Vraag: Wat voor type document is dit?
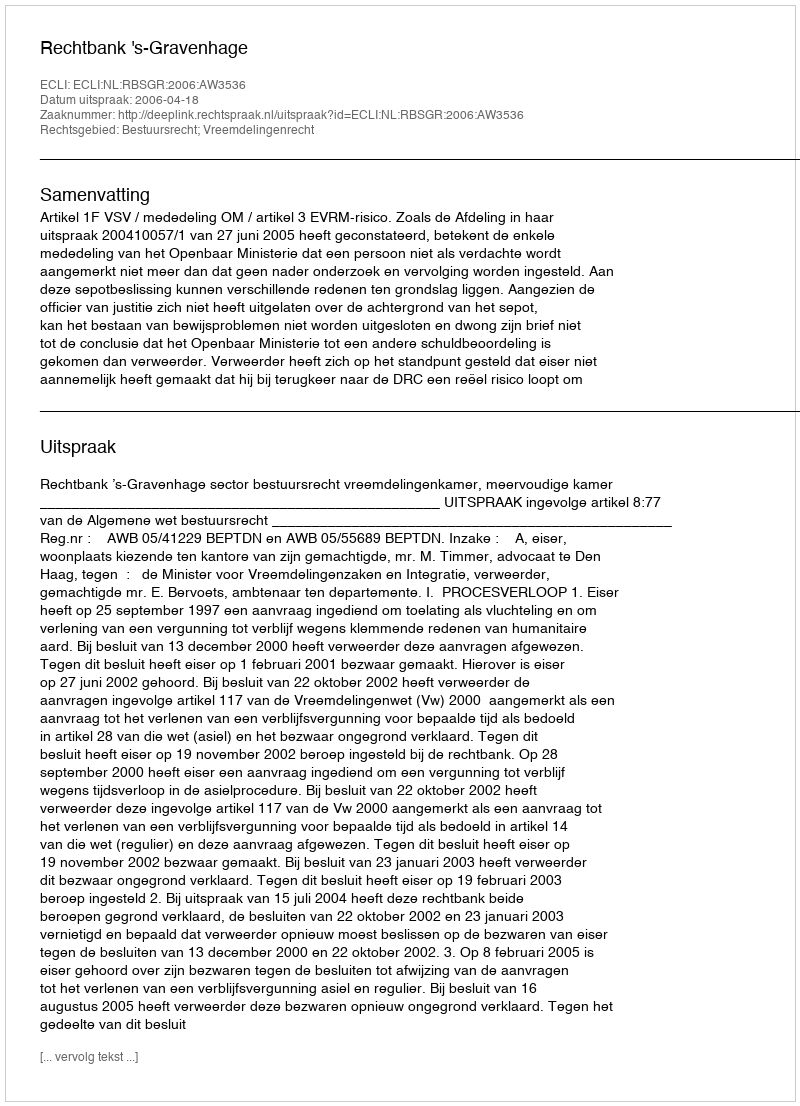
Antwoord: Uitspraak